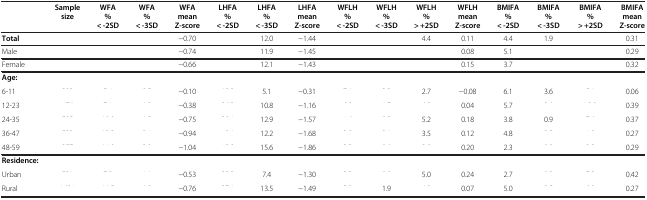
<table><thead><tr><td>[EMPTY_CELL]</td><td><b>Sample size</b></td><td><b>WFA % &lt; -2SD</b></td><td><b>WFA % &lt; -3SD</b></td><td><b>WFA mean Z-score</b></td><td><b>LHFA % &lt; -2SD</b></td><td><b>LHFA % &lt; -3SD</b></td><td><b>LHFA mean Z-score</b></td><td><b>WFLH % &lt; -2SD</b></td><td><b>WFLH % &lt; -3SD</b></td><td><b>WFLH % &gt; +2SD</b></td><td><b>WFLH mean Z-score</b></td><td><b>BMIFA % &lt; -2SD</b></td><td><b>BMIFA % &lt; -3SD</b></td><td><b>BMIFA % &gt; +2SD</b></td><td><b>BMIFA mean Z-score</b></td></tr></thead><tbody><tr><td><b>Total</b></td><td>[EMPTY_CELL]</td><td>[EMPTY_CELL]</td><td>[EMPTY_CELL]</td><td>−0.70</td><td>[EMPTY_CELL]</td><td>12.0</td><td>−1.44</td><td>[EMPTY_CELL]</td><td>[EMPTY_CELL]</td><td>4.4</td><td>0.11</td><td>4.4</td><td>1.9</td><td>[EMPTY_CELL]</td><td>0.31</td></tr><tr><td>Male</td><td>[EMPTY_CELL]</td><td>[EMPTY_CELL]</td><td>[EMPTY_CELL]</td><td>−0.74</td><td>[EMPTY_CELL]</td><td>11.9</td><td>−1.45</td><td>[EMPTY_CELL]</td><td>[EMPTY_CELL]</td><td>[EMPTY_CELL]</td><td>0.08</td><td>5.1</td><td>[EMPTY_CELL]</td><td>[EMPTY_CELL]</td><td>0.29</td></tr><tr><td>Female</td><td>[EMPTY_CELL]</td><td>[EMPTY_CELL]</td><td>[EMPTY_CELL]</td><td>−0.66</td><td>[EMPTY_CELL]</td><td>12.1</td><td>−1.43</td><td>[EMPTY_CELL]</td><td>[EMPTY_CELL]</td><td>[EMPTY_CELL]</td><td>0.15</td><td>3.7</td><td>[EMPTY_CELL]</td><td>[EMPTY_CELL]</td><td>0.32</td></tr><tr><td><b>Age:</b></td><td>[EMPTY_CELL]</td><td>[EMPTY_CELL]</td><td>[EMPTY_CELL]</td><td>[EMPTY_CELL]</td><td>[EMPTY_CELL]</td><td>[EMPTY_CELL]</td><td>[EMPTY_CELL]</td><td>[EMPTY_CELL]</td><td>[EMPTY_CELL]</td><td>[EMPTY_CELL]</td><td>[EMPTY_CELL]</td><td>[EMPTY_CELL]</td><td>[EMPTY_CELL]</td><td>[EMPTY_CELL]</td><td>[EMPTY_CELL]</td></tr><tr><td>6-11</td><td>[EMPTY_CELL]</td><td>[EMPTY_CELL]</td><td>[EMPTY_CELL]</td><td>−0.10</td><td>[EMPTY_CELL]</td><td>5.1</td><td>−0.31</td><td>[EMPTY_CELL]</td><td>[EMPTY_CELL]</td><td>2.7</td><td>−0.08</td><td>6.1</td><td>3.6</td><td>[EMPTY_CELL]</td><td>0.06</td></tr><tr><td>12-23</td><td>[EMPTY_CELL]</td><td>[EMPTY_CELL]</td><td>[EMPTY_CELL]</td><td>−0.38</td><td>[EMPTY_CELL]</td><td>10.8</td><td>−1.16</td><td>[EMPTY_CELL]</td><td>[EMPTY_CELL]</td><td>[EMPTY_CELL]</td><td>0.04</td><td>5.7</td><td>[EMPTY_CELL]</td><td>[EMPTY_CELL]</td><td>0.39</td></tr><tr><td>24-35</td><td>[EMPTY_CELL]</td><td>[EMPTY_CELL]</td><td>[EMPTY_CELL]</td><td>−0.75</td><td>[EMPTY_CELL]</td><td>12.9</td><td>−1.57</td><td>[EMPTY_CELL]</td><td>[EMPTY_CELL]</td><td>5.2</td><td>0.18</td><td>3.8</td><td>0.9</td><td>[EMPTY_CELL]</td><td>0.37</td></tr><tr><td>36-47</td><td>[EMPTY_CELL]</td><td>[EMPTY_CELL]</td><td>[EMPTY_CELL]</td><td>−0.94</td><td>[EMPTY_CELL]</td><td>12.2</td><td>−1.68</td><td>[EMPTY_CELL]</td><td>[EMPTY_CELL]</td><td>3.5</td><td>0.12</td><td>4.8</td><td>[EMPTY_CELL]</td><td>[EMPTY_CELL]</td><td>0.27</td></tr><tr><td>48-59</td><td>[EMPTY_CELL]</td><td>[EMPTY_CELL]</td><td>[EMPTY_CELL]</td><td>−1.04</td><td>[EMPTY_CELL]</td><td>15.6</td><td>−1.86</td><td>[EMPTY_CELL]</td><td>[EMPTY_CELL]</td><td>[EMPTY_CELL]</td><td>0.20</td><td>2.3</td><td>[EMPTY_CELL]</td><td>[EMPTY_CELL]</td><td>0.29</td></tr><tr><td><b>Residence:</b></td><td>[EMPTY_CELL]</td><td>[EMPTY_CELL]</td><td>[EMPTY_CELL]</td><td>[EMPTY_CELL]</td><td>[EMPTY_CELL]</td><td>[EMPTY_CELL]</td><td>[EMPTY_CELL]</td><td>[EMPTY_CELL]</td><td>[EMPTY_CELL]</td><td>[EMPTY_CELL]</td><td>[EMPTY_CELL]</td><td>[EMPTY_CELL]</td><td>[EMPTY_CELL]</td><td>[EMPTY_CELL]</td><td>[EMPTY_CELL]</td></tr><tr><td>Urban</td><td>[EMPTY_CELL]</td><td>[EMPTY_CELL]</td><td>[EMPTY_CELL]</td><td>−0.53</td><td>[EMPTY_CELL]</td><td>7.4</td><td>−1.30</td><td>[EMPTY_CELL]</td><td>[EMPTY_CELL]</td><td>5.0</td><td>0.24</td><td>2.7</td><td>[EMPTY_CELL]</td><td>[EMPTY_CELL]</td><td>0.42</td></tr><tr><td>Rural</td><td>[EMPTY_CELL]</td><td>[EMPTY_CELL]</td><td>[EMPTY_CELL]</td><td>−0.76</td><td>[EMPTY_CELL]</td><td>13.5</td><td>−1.49</td><td>[EMPTY_CELL]</td><td>1.9</td><td>[EMPTY_CELL]</td><td>0.07</td><td>5.0</td><td>[EMPTY_CELL]</td><td>[EMPTY_CELL]</td><td>0.27</td></tr></tbody></table>